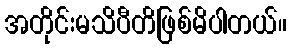
အတိုင်းမသိပီတိဖြစ်မိပါတယ်။